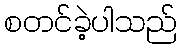
စတင်ခဲ့ပါသည်